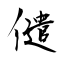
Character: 儙